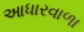
આધારવાળા